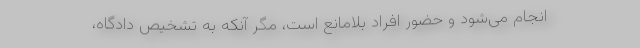
انجام می‌شود و حضور افراد بلامانع است، مگر آنکه به تشخیص دادگاه،